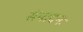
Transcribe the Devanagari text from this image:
संपादनः